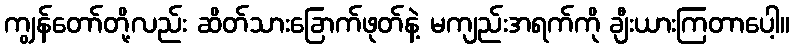
ကျွန်တော်တို့လည်း ဆိတ်သားခြောက်ဖုတ်နဲ့ မကျည်းအရက်ကို ချီးယားကြတာပေါ့။